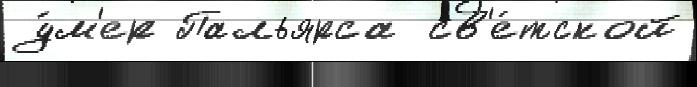
у́м'ер Пальярса  св'е́тской